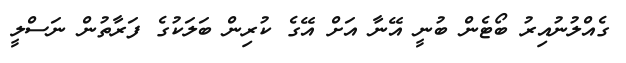
ގެއްލުނުއިރު ބޯޓެން ބުނީ އޭނާ އަށް އޭގެ ކުރިން ބަލަކުގެ ފަރާތުން ނަސްލީ